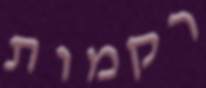
רקמות